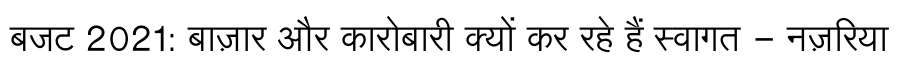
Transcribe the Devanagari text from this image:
बजट 2021: बाज़ार और कारोबारी क्यों कर रहे हैं स्वागत - नज़रिया